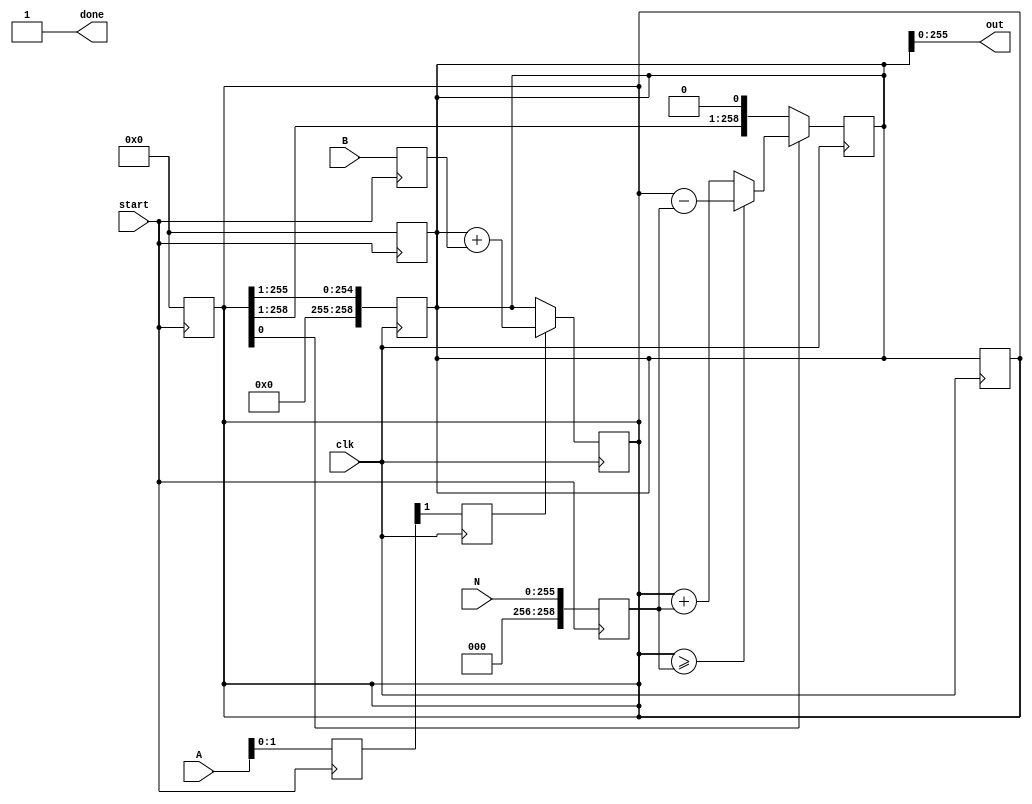
/*
  Do: A*B*2^(-256) %N
*/

module Multi( A,
              B,
              N,
              clk,
              start,
              out, 
              done );

  input [255:0] A, B, N;
  input clk;
  input start;  // negedge
  output [255:0] out;
  output done;  // posedge

  reg [255:0] a, b;
  reg [255:0] a1;
  reg [258:0] accu1, accu2, n;
  reg [9:0] i1, i2;
  wire clk2, clk3, clk4;
  reg done;
  
  initial begin
    i1 =0;
    i2 =0;
    done =0;
  end

  always @(negedge start) begin
    accu1 = 258'd0;
    accu2 = 258'd0;
    a = A[255:0];
    b = B[255:0];
    n = { 3'd0, N[255:0] };
    i1 =0;
    i2 =0;
    done =0;
  end
/*
  Do addition and shifting
  100100011100001101 * b %n
>                  b  +/- kn => xxxxxxxxxxxxx0
*/



//  ==== for loop edition ====
  always @(posedge clk) begin
    i2 = i1 +1;
    if ( a1[0] ==1'b1 ) begin
      accu2 = accu1 + b;
    end
    else begin
      accu2 = accu1;
    end
  end

  always @(posedge clk) begin
    if (accu2[0] ==1'b1) begin
      if (accu2 >= n) begin
        accu1 = accu2 - n;
      end
      else begin
        accu1 = accu2 + n;
      end
    end
    else begin
      accu1 = accu2;
    end
  end

  always @(posedge clk) begin
    i1 = i2;
    accu2 = accu1;
  end

  always @(posedge clk) begin
    accu1 = {1'b0, accu2[255:1] };
    a1 = {1'b0, a[255:1] };
  end

//

  always @(a1 ==256'd0) begin
    if (accu1 >=n) begin
      $display("Error");
    end
    $display("out = %h", accu1);
    done =1;
  end

  assign out[255:0] = accu1[255:0];

endmodule